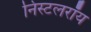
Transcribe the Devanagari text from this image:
निस्टलरॉय